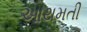
આથમતી